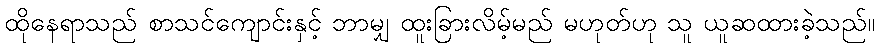
ထိုနေရာသည် စာသင်ကျောင်းနှင့် ဘာမျှ ထူးခြားလိမ့်မည် မဟုတ်ဟု သူ ယူဆထားခဲ့သည်။